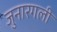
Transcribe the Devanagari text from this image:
जुनारगली